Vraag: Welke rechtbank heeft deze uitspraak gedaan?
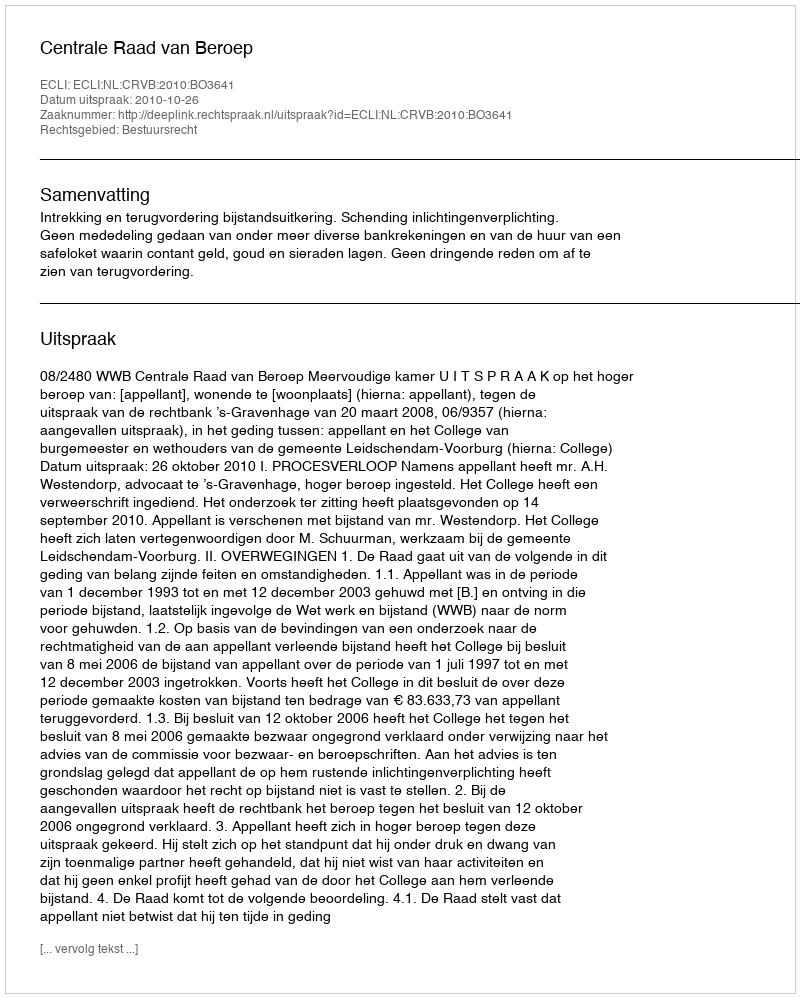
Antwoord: Centrale Raad van Beroep